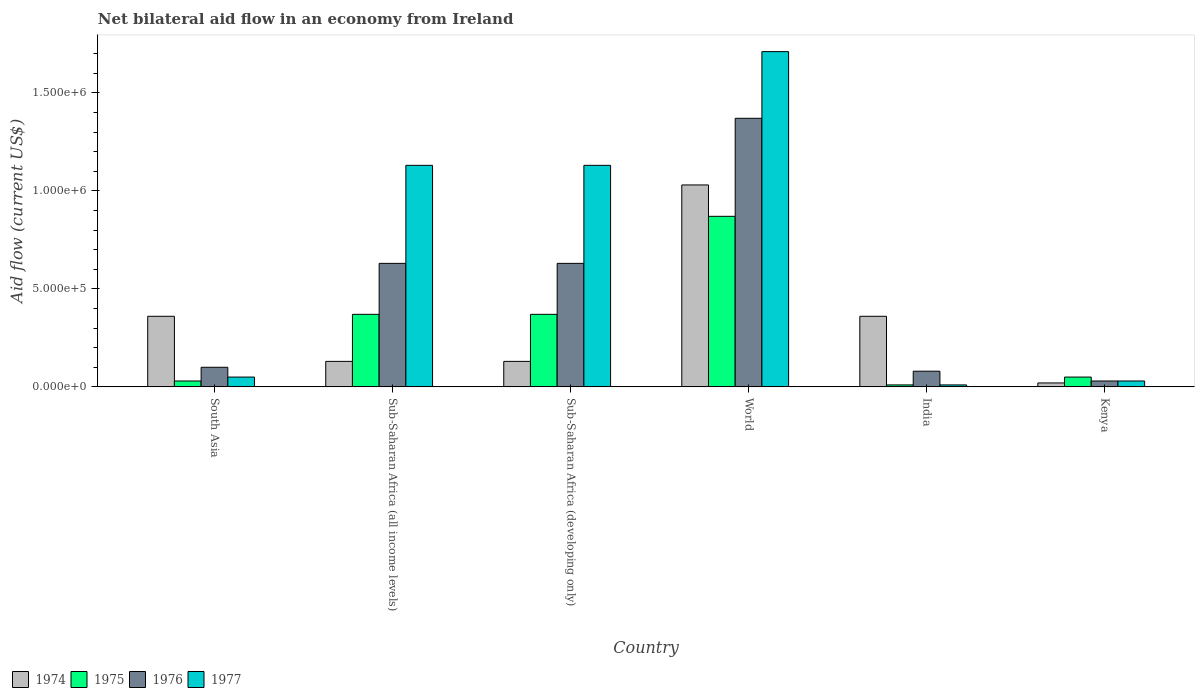
| Country | 1974 | 1975 | 1976 | 1977 |
 | --- | --- | --- | --- | --- |
 | South Asia | 3.6e+05 | 3e+04 | 1e+05 | 5e+04 |
 | Sub-Saharan Africa (all income levels) | 1.3e+05 | 3.7e+05 | 6.3e+05 | 1.13e+06 |
 | Sub-Saharan Africa (developing only) | 1.3e+05 | 3.7e+05 | 6.3e+05 | 1.13e+06 |
 | World | 1.03e+06 | 8.7e+05 | 1.37e+06 | 1.71e+06 |
 | India | 3.6e+05 | 1e+04 | 8e+04 | 1e+04 |
 | Kenya | 2e+04 | 5e+04 | 3e+04 | 3e+04 |